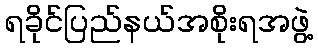
ရခိုင်ပြည်နယ်အစိုးရအဖွဲ့